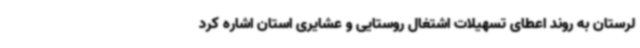
لرستان به روند اعطای تسهیلات اشتغال روستایی و عشایری استان اشاره کرد